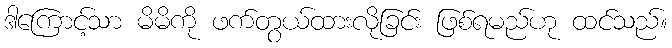
ဒါကြောင့်သာ မိမိကို ဖက်တွယ်ထားလိုခြင်း ဖြစ်ရမည်ဟု ထင်သည်။